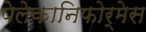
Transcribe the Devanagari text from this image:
पेलेकानिफोर्मेस